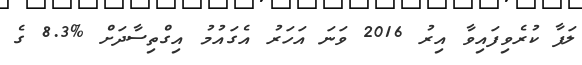
ލަފާ ކުރެވިފައިވާ އިރު 2016 ވަނަ އަހަރު އެގައުމު އިގްތިސާދަށް %8.3 ގެ